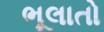
ભૂલાતો